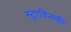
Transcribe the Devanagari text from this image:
स्ट्राविन्स्की